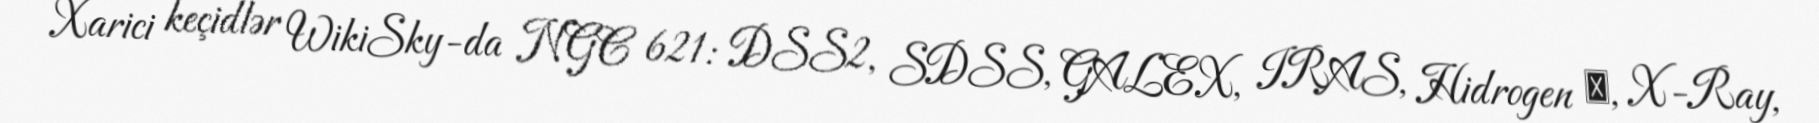
Xarici keçidlər WikiSky-da NGC 621: DSS2, SDSS, GALEX, IRAS, Hidrogen α, X-Ray,